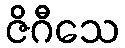
ဇိဂီသေ